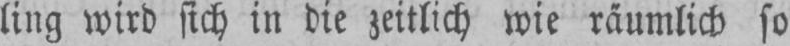
ling wird sich in die zeitlich wie räumlich so